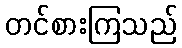
တင်စားကြသည်